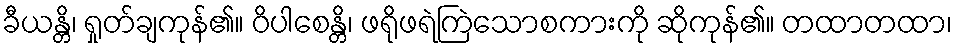
ခီယန္တိ၊ ရှုတ်ချကုန်၏။ ဝိပါစေန္တိ၊ ဖရိုဖရဲကြဲသောစကားကို ဆိုကုန်၏။ တထာတထာ၊